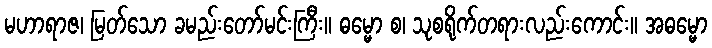
မဟာရာဇ၊ မြတ်သော ခမည်းတော်မင်းကြီး။ ဓမ္မော စ၊ သုစရိုက်တရားလည်းကောင်း။ အဓမ္မော